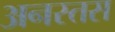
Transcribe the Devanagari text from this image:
अनस्तस